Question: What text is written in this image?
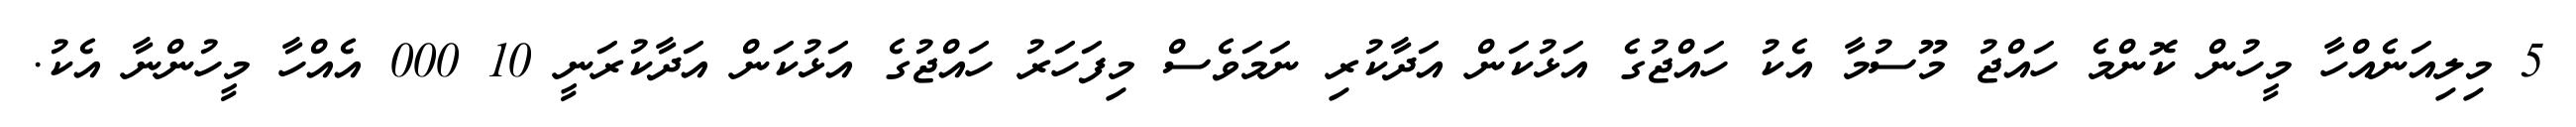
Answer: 5 މިލިއަނެއްހާ މީހުން ކޮންމެ ހައްޖު މޫސުމާ އެކު ހައްޖުގެ އަޅުކަން އަދާކުރި ނަމަވެސް މިފަހަރު ހައްޖުގެ އަޅުކަން އަދާކުރަނީ 10 000 އެއްހާ މީހުންނާ އެކު.